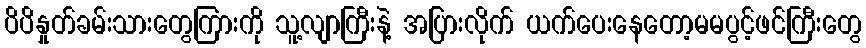
ပိပိနှုတ်ခမ်းသားတွေကြားကို သူ့လျာကြီးနဲ့ အပြားလိုက် ယက်ပေးနေတော့မမပွင့်ဖင်ကြီးတွေ